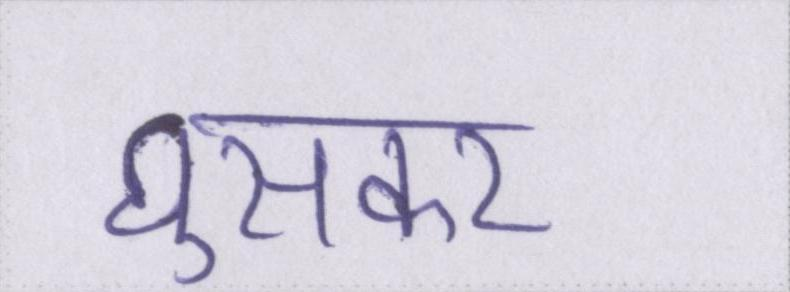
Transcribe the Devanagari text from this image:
घुसकर